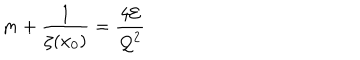
m + \frac { 1 } { \zeta ( x _ { 0 } ) } = \frac { 4 { \cal E } } { { \cal Q } ^ { 2 } }